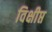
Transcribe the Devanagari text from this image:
विक्षीप्त